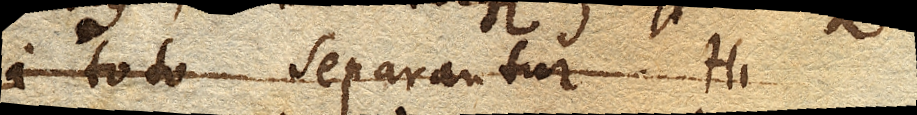
a toto separantur. Hi